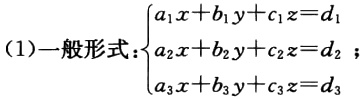
(1)一般形式：$\begin{cases}

a_{1}x + b_{1}y + c_{1}z = d_{1}\\

a_{2}x + b_{2}y + c_{2}z = d_{2}\\

a_{3}x + b_{3}y + c_{3}z = d_{3}

\end{cases}$